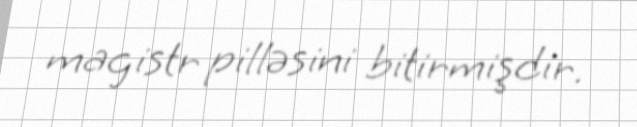
magistr pilləsini bitirmişdir.